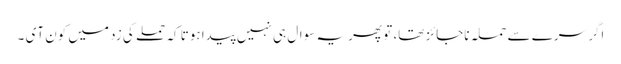
اگر سرے سے حملہ ناجائز تھا، تو پھر یہ سوال ہی نہیں پیدا ہوتا کہ حملے کی زد میں کون آی ۔